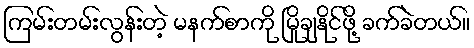
ကြမ်းတမ်းလွန်းတဲ့ မနက်စာကို မြိုချနိုင်ဖို့ ခက်ခဲတယ်။